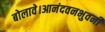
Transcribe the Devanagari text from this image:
बोलावे।आनंदवनभुवनी